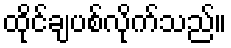
ထိုင်ချပစ်လိုက်သည်။